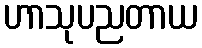
ဟာသုပညတာယ